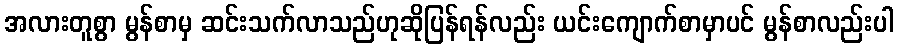
အလားတူစွာ မွန်စာမှ ဆင်းသက်လာသည်ဟုဆိုပြန်ရန်လည်း ယင်းကျောက်စာမှာပင် မွန်စာလည်းပါ